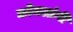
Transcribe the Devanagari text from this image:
कोमलांगी